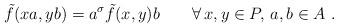
LaTeX: \begin{align*} \tilde{f}(xa,yb)=a^\sigma \tilde{f}(x,y)b\qquad\forall\, x,y\in P,\, a,b\in A\ . \end{align*}